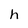
Character: h